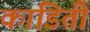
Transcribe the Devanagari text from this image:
कांडिती